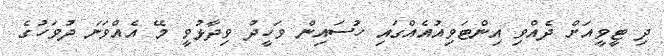
ދި ޓީވީއަށް ދެއްވި އިންޓަވިއުއެއްގައި ހުސައިން ވަހީދު ވިދާޅުވީ މޭ އެއްވަނަ ދުވަހުގެ